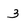
Character: 3